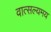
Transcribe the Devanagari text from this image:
वात्सल्यमय